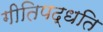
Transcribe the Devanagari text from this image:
गीतिपद्धति